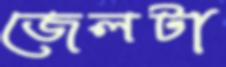
জেলটা